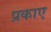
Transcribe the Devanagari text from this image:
प्रकाए